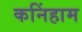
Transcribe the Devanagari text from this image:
कनिंहाम